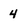
Character: 4